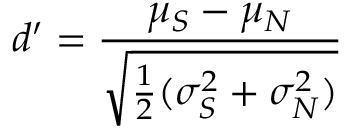
d ^ { \prime } = { \frac { \mu _ { S } - \mu _ { N } } { \sqrt { { \frac { 1 } { 2 } } ( \sigma _ { S } ^ { 2 } + \sigma _ { N } ^ { 2 } ) } } }